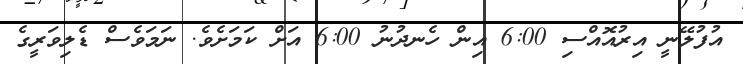
އުފުލޭނީ އިރުއޮއްސި 6:00 އިން ހެނދުނު 6:00 އަށް ކަމަށެވެ. ނަމަވެސް ޑެލިވަރީގެ